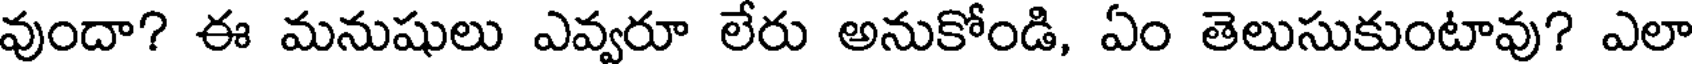
వుందా? ఈ మనుషులు ఎవ్వరూ లేరు అనుకోండి, ఏం తెలుసుకుంటావు? ఎలా